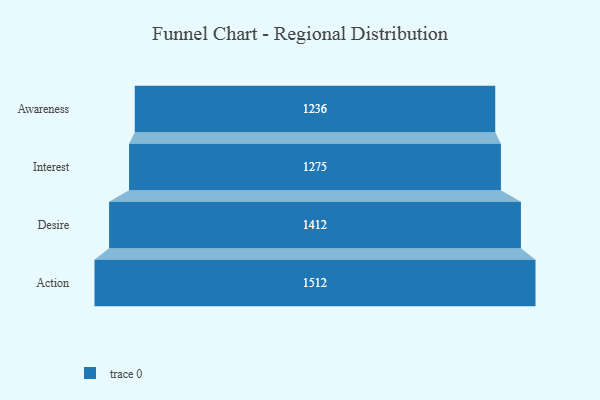
{"axis": {"x": "Stage", "y": "Value"}, "legend": [""], "data": [{"x": "Awareness", "y": 1236.0, "type": ""}, {"x": "Interest", "y": 1275.0, "type": ""}, {"x": "Desire", "y": 1412.0, "type": ""}, {"x": "Action", "y": 1512.0, "type": ""}]}